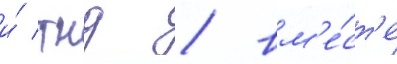
и́ тнд / вм'е́ст'е